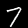
Label: 7